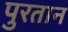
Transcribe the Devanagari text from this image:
पुरतान